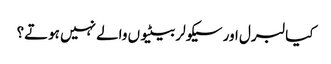
کیا لبرل اور سیکولر بیٹیوں والے نہیں ہوتے؟